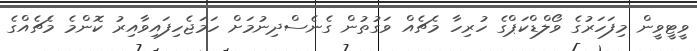
ވީޓީވީން މިފަހަރުގެ ވޯލްޑްކަޕްގެ ހުރިހާ މެޗެއް ވަގުތުން ގެނެސްދިނުމަށް ހަމަޖެހިފައިވާއިރު ކޮންމެ މެޗެއްގެ